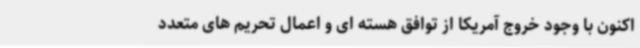
اکنون با وجود خروج آمریکا از توافق هسته ای و اعمال تحریم های متعدد